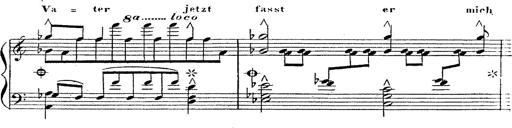
Title: 12 Lieder von Franz Schubert
Composer: Franz Liszt